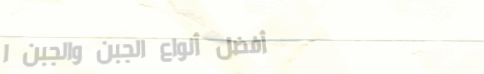
أفضل أنواع الجبن والجبن ا